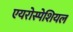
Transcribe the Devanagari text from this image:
एयरोस्पेशियल